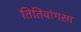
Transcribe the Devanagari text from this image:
तितिवांगसा